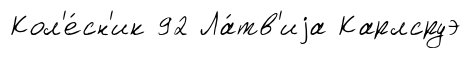
Кол'е́сн'ик 92 Ла́тв'иjа Карлсруэ